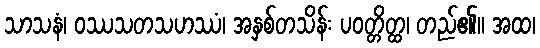
သာသနံ၊ ဝဿသတသဟဿံ၊ အနှစ်တသိန်း ပဝတ္တိတ္ထ၊ တည်၏။ အထ၊